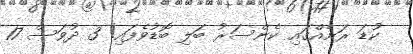
ކުޑަ ރަށެއްގައި ކެންސަރު ބަލި ބޮޑުވެފައި! 3 ދުވަސް 17